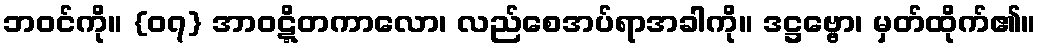
ဘဝင်ကို။ {၀၇} အာဝဋ္ဋိတကာလော၊ လည်စေအပ်ရာအခါကို။ ဒဋ္ဌဗ္ဗော၊ မှတ်ထိုက်၏။